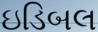
ઇડિબલ